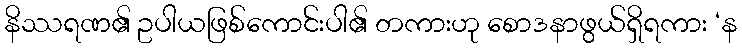
နိဿရဏ၏ ဥပါယဖြစ်ကောင်းပါ၏ တကားဟု စောဒနာဖွယ်ရှိရကား ‘န